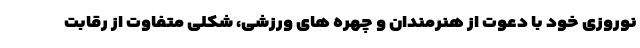
نوروزی خود با دعوت از هنرمندان و چهره های ورزشی، شکلی متفاوت از رقابت